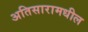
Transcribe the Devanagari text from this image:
अतिसारामधील